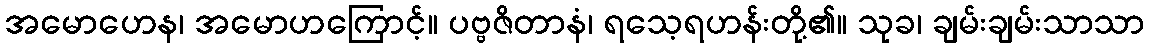
အမောဟေန၊ အမောဟကြောင့်။ ပဗ္ဗဇိတာနံ၊ ရသေ့ရဟန်းတို့၏။ သုခ၊ ချမ်းချမ်းသာသာ